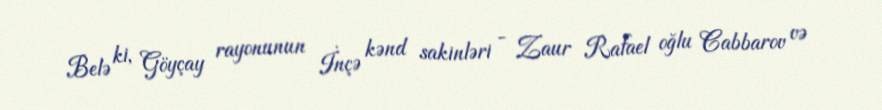
Belə ki, Göyçay rayonunun İnçə kənd sakinləri - Zaur Rafael oğlu Cabbarov və